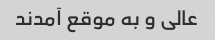
عالی و به موقع آمدند